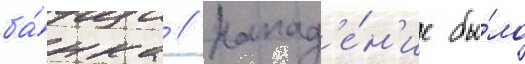
ба́нка // Напад'е́н'ие бы́ло